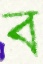
ব